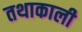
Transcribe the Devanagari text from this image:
तथाकाली